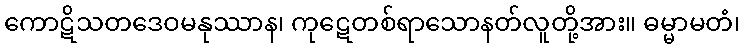
ကောဋိသတဒေဝမနုဿာန၊ ကုဋေတစ်ရာသောနတ်လူတို့အား။ ဓမ္မာမတံ၊